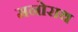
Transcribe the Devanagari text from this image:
मनोराथ